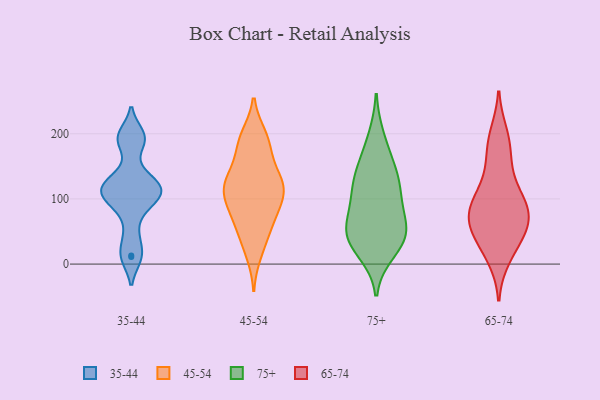
{"axis": {"x": "Budget (USD K)", "y": "Value"}, "legend": ["35-44", "45-54", "65-74", "75+"], "data": [{"x": "", "y": 116, "type": "35-44"}, {"x": "", "y": 90, "type": "35-44"}, {"x": "", "y": 109, "type": "35-44"}, {"x": "", "y": 192, "type": "35-44"}, {"x": "", "y": 11, "type": "35-44"}, {"x": "", "y": 91, "type": "35-44"}, {"x": "", "y": 189, "type": "35-44"}, {"x": "", "y": 13, "type": "35-44"}, {"x": "", "y": 113, "type": "35-44"}, {"x": "", "y": 45, "type": "35-44"}, {"x": "", "y": 116, "type": "35-44"}, {"x": "", "y": 122, "type": "35-44"}, {"x": "", "y": 136, "type": "35-44"}, {"x": "", "y": 198, "type": "35-44"}, {"x": "", "y": 83, "type": "45-54"}, {"x": "", "y": 132, "type": "45-54"}, {"x": "", "y": 88, "type": "45-54"}, {"x": "", "y": 124, "type": "45-54"}, {"x": "", "y": 112, "type": "45-54"}, {"x": "", "y": 197, "type": "45-54"}, {"x": "", "y": 118, "type": "45-54"}, {"x": "", "y": 196, "type": "45-54"}, {"x": "", "y": 16, "type": "45-54"}, {"x": "", "y": 39, "type": "45-54"}, {"x": "", "y": 68, "type": "45-54"}, {"x": "", "y": 122, "type": "45-54"}, {"x": "", "y": 172, "type": "45-54"}, {"x": "", "y": 56, "type": "45-54"}, {"x": "", "y": 177, "type": "45-54"}, {"x": "", "y": 100, "type": "45-54"}, {"x": "", "y": 134, "type": "45-54"}, {"x": "", "y": 52, "type": "75+"}, {"x": "", "y": 123, "type": "75+"}, {"x": "", "y": 141, "type": "75+"}, {"x": "", "y": 69, "type": "75+"}, {"x": "", "y": 45, "type": "75+"}, {"x": "", "y": 98, "type": "75+"}, {"x": "", "y": 194, "type": "75+"}, {"x": "", "y": 46, "type": "75+"}, {"x": "", "y": 33, "type": "75+"}, {"x": "", "y": 43, "type": "75+"}, {"x": "", "y": 162, "type": "75+"}, {"x": "", "y": 100, "type": "75+"}, {"x": "", "y": 19, "type": "75+"}, {"x": "", "y": 127, "type": "75+"}, {"x": "", "y": 10, "type": "65-74"}, {"x": "", "y": 123, "type": "65-74"}, {"x": "", "y": 52, "type": "65-74"}, {"x": "", "y": 158, "type": "65-74"}, {"x": "", "y": 64, "type": "65-74"}, {"x": "", "y": 74, "type": "65-74"}, {"x": "", "y": 199, "type": "65-74"}, {"x": "", "y": 73, "type": "65-74"}, {"x": "", "y": 26, "type": "65-74"}, {"x": "", "y": 101, "type": "65-74"}, {"x": "", "y": 98, "type": "65-74"}, {"x": "", "y": 183, "type": "65-74"}, {"x": "", "y": 48, "type": "65-74"}, {"x": "", "y": 83, "type": "65-74"}]}